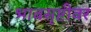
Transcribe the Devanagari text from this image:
भावसृष्टीवर